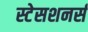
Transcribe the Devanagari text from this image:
स्टेसशनर्स